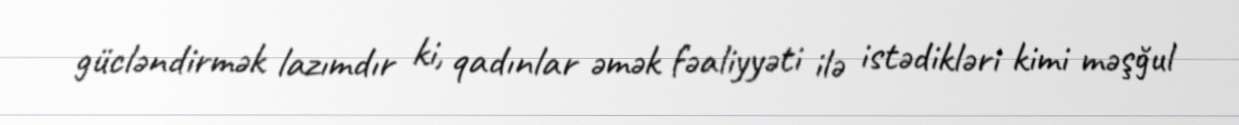
gücləndirmək lazımdır ki, qadınlar əmək fəaliyyəti ilə istədikləri kimi məşğul